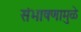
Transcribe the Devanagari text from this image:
संभाषणामुळे